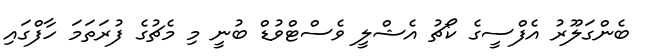
ބެންގަލޫރު އެފްސީގެ ކޯޗު އެޝްލީ ވެސްޓްވުޑް ބުނީ މި މެޗުގެ ފުރަތަމަ ހާފްގައި